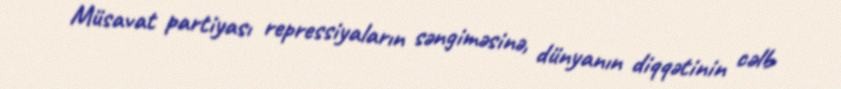
Müsavat partiyası repressiyaların səngiməsinə, dünyanın diqqətinin cəlb